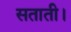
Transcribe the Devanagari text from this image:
सताती।